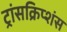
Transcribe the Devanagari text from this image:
ट्रांसक्रिप्शंस